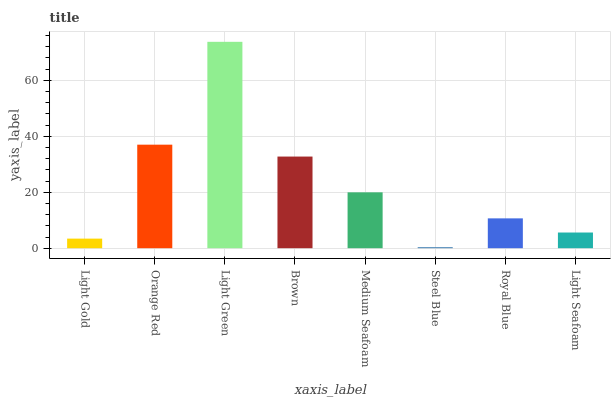
| xaxis_label | bars |
 | --- | --- |
 | Light Gold | 3.43 |
 | Orange Red | 37 |
 | Light Green | 73.8 |
 | Brown | 32.8 |
 | Medium Seafoam | 20 |
 | Steel Blue | 0.365 |
 | Royal Blue | 10.7 |
 | Light Seafoam | 5.61 |